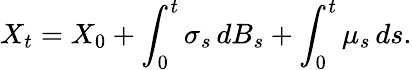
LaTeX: X_{t}=X_{0}+\int_{0}^{t}\sigma_{s}\, dB_{s}+\int_{0}^{t}\mu_{s}\, ds.